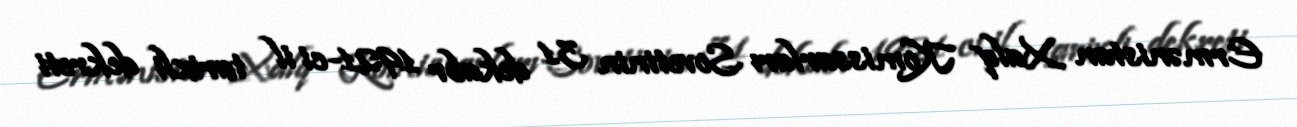
Ermənistan Xalq Komissarları Sovetinin 31 dekabr 1921-ci il tarixli dekreti